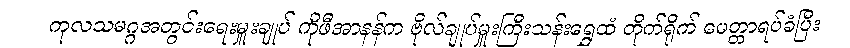
ကုလသမဂ္ဂအတွင်းရေးမှူးချုပ် ကိုဖီအာနန်က ဗိုလ်ချုပ်မှူးကြီးသန်းရွှေထံ တိုက်ရိုက် မေတ္တာရပ်ခံပြီး